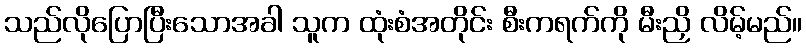
သည်လိုပြောပြီးသောအခါ သူက ထုံးစံအတိုင်း စီးကရက်ကို မီးညှိ လိမ့်မည်။